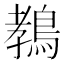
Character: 𱈩